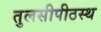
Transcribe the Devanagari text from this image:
तुलसीपीठस्थ